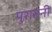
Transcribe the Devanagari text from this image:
पुरातनी